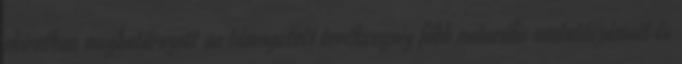
okiratban meghatározott aa támogatott tevékenység főbb naturális mutatószámait és